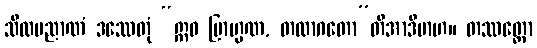
သီလပညာဏံ ဒဿေတုံ “ဣဓ ဗြာဟ္မဏ, တထာဂတော”တိအာဒိမာဟ။ တဿတ္ထော